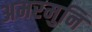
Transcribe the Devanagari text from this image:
अमरमुनि